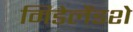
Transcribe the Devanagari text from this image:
मिडेलैंडशे